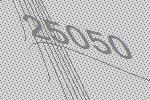
25050